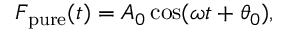
\begin{array} { r } { F _ { \mathrm { p u r e } } ( t ) = A _ { 0 } \cos ( \omega t + \theta _ { 0 } ) , } \end{array}